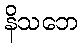
နိသဘေ